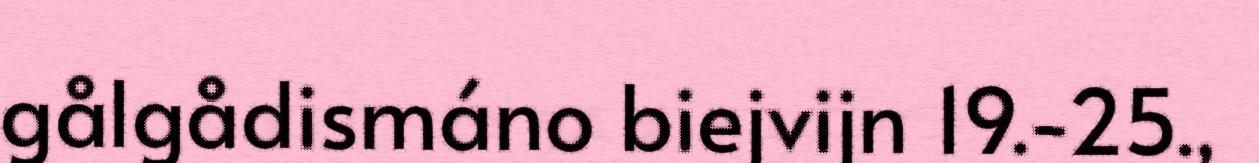
gålgådismáno biejvijn 19.-25.,